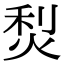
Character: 𤉌